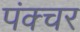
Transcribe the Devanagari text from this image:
पंक्‍चर